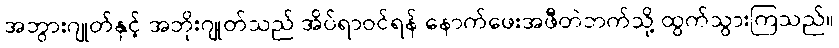
အဘွားဂျုတ်နှင့် အဘိုးဂျုတ်သည် အိပ်ရာဝင်ရန် နောက်ဖေးအဖီတဲဘက်သို့ ထွက်သွားကြသည်။